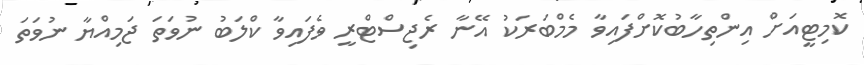
ކޮމިޓީއަށް އިންތިހާބުކޮށްފައިވާ މެމްބަރަކު އޭނާ ރެޖިސްޓްރީ ވެފައިވާ ކްލަބު ނުވަތަ ޖަމިއްޔާ ނުވަތަ